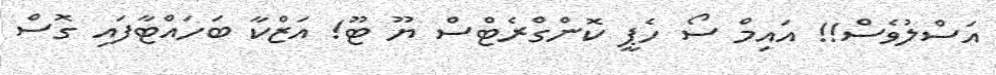
އަސްލުވެސް!! އައިމް ސޯ ހެޕީ ކޮންގްރެޓްސް ޔޫ ޓޫ! އަޒްކާ ބަހައްޓާފައި ގޮސް